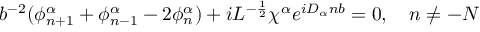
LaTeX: b ^ { - 2 } ( \phi _ { n + 1 } ^ { \alpha } + \phi _ { n - 1 } ^ { \alpha } - 2 \phi _ { n } ^ { \alpha } ) + i L ^ { - \frac { 1 } { 2 } } \chi ^ { \alpha } e ^ { i D _ { \alpha } n b } = 0 , \quad n \neq - N